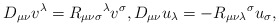
\begin{align*}D_{\mu \nu }v^{\lambda }=R_{\mu \nu \sigma }{}^{\lambda }v^{\sigma },D_{\mu \nu }u_{\lambda }=-R_{\mu \nu \lambda }{}^{\sigma }u_{\sigma },\end{align*}